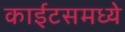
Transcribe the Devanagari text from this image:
काईटसमध्ये